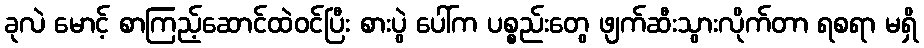
ခုလဲ မောင့် စာကြည့်ဆောင်ထဲဝင်ပြီး စားပွဲ ပေါ်က ပစ္စည်းတွေ ဖျက်ဆီးသွားလိုက်တာ ရစရာ မရှိ